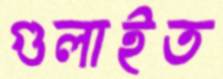
গুলাইত